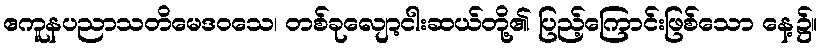
ဧကူနပညာသတိမေဒဝသေ၊ တစ်ခုလျော့ငါးဆယ်တို့၏ ပြည့်ကြောင်းဖြစ်သော နေ့၌။